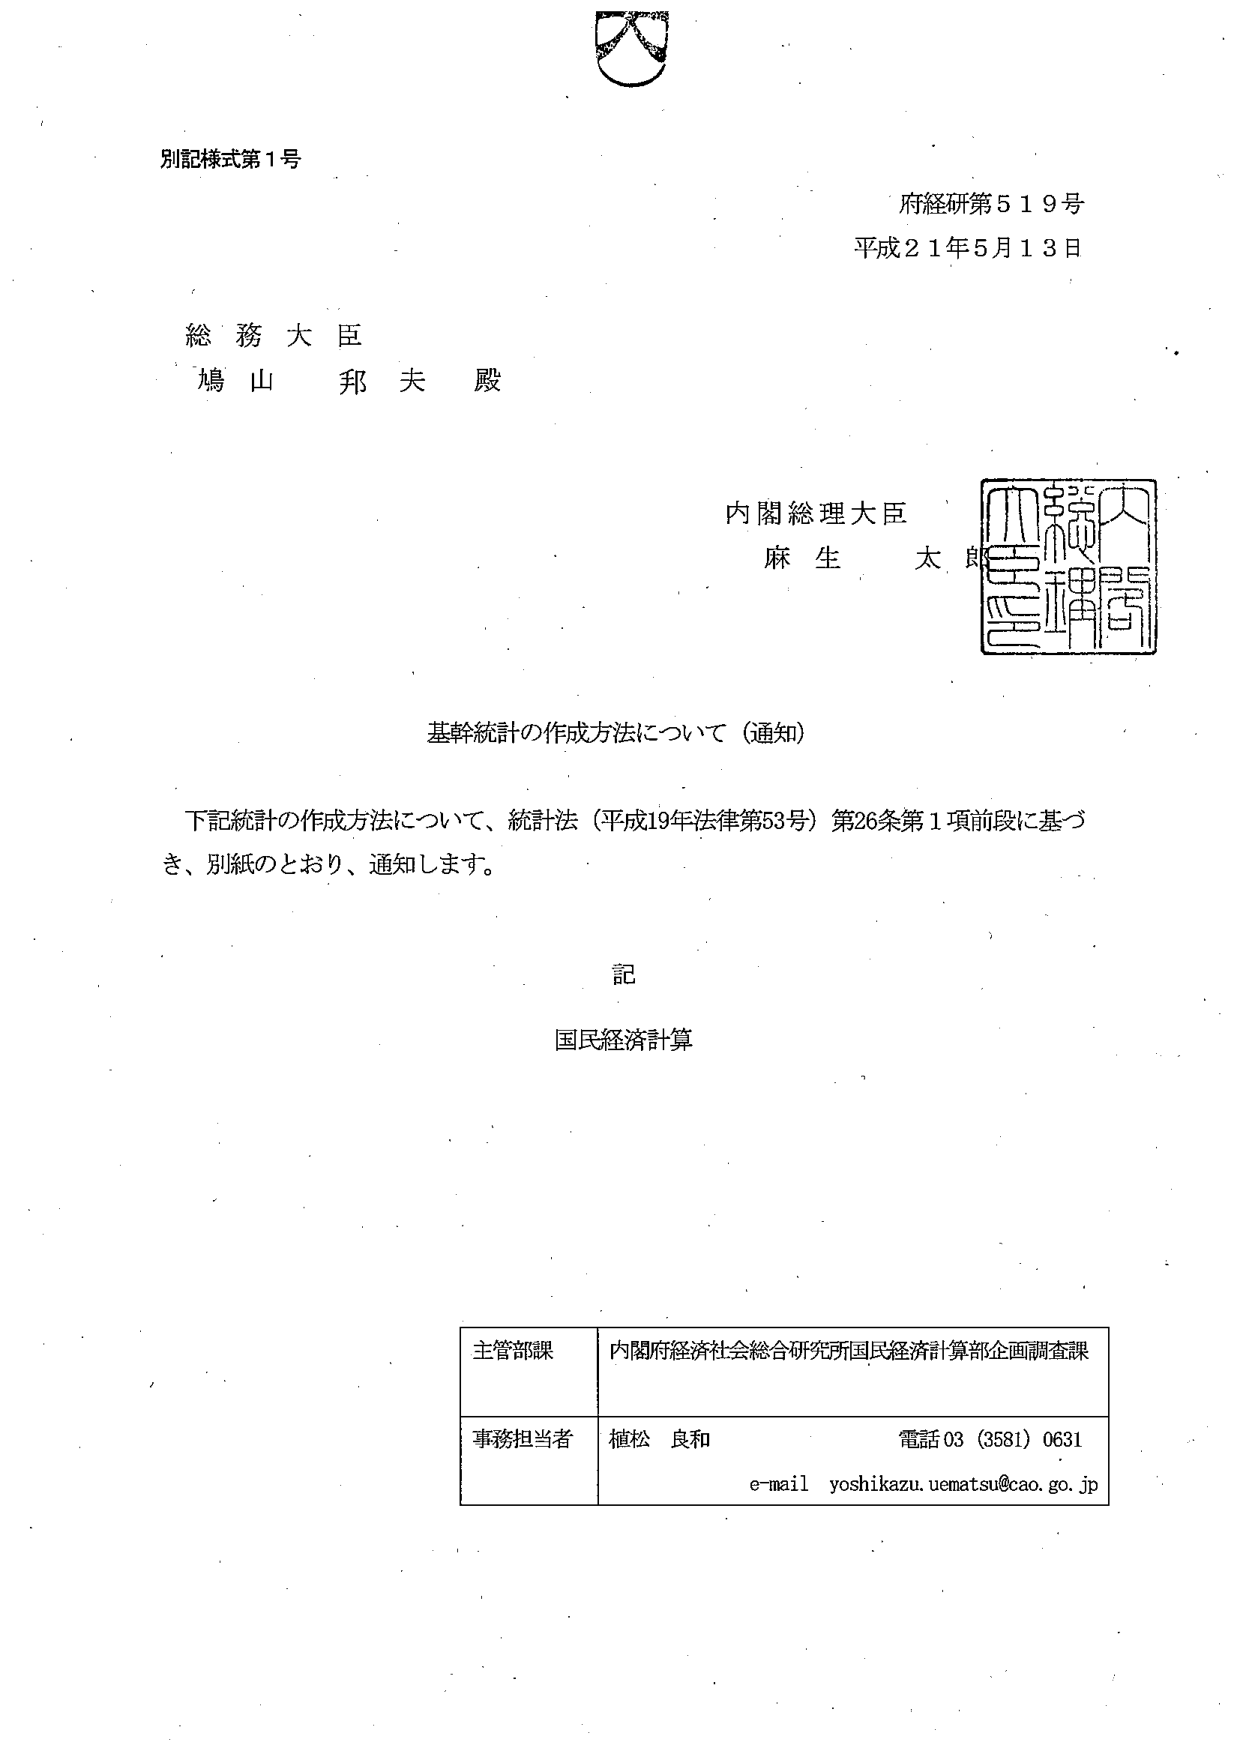
別記様式第１号

府経研第５１９号
平成２１年５月１３日

総務大臣
鳩山邦夫殿

内閣総理大臣
麻生太郎

基幹統計の作成方法について（通知）

下記統計の作成方法について、統計法（平成19年法律第53号）第26条第1項前段に基づき、別紙のとおり、通知します。

記

国民経済計算

主管部課　内閣府経済社会総合研究所国民経済計算部企画調査課
事務担当者　植松良和　電話03（3581）0631
　　　　　　　　　　　　e-mail yoshikazu.uematsu@cao.go.jp